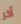
آخر